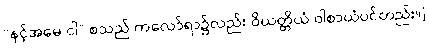
“နင့်အမေ ငါ” စသည် ကလော်ရာ၌လည်း ဝိယတ္တိယံ ဝါစာယံပင်တည်း။]